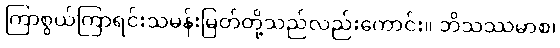
ကြာစွယ်ကြာရင်းသမန်းမြတ်တို့သည်လည်းကောင်း။ ဘိသဿမာစ၊